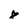
Character: 8